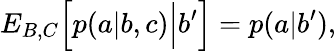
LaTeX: {E}_{B,C}\Big[p(a|b,c)\Big|b^{\prime}\Big]=p(a|b^{\prime}),